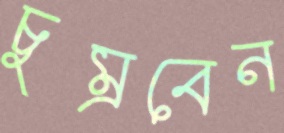
চুম্‌রবেন